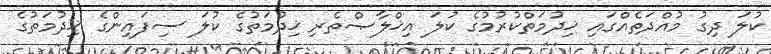
ކުލަ ދިގު މުއްދަތެއްގައި ޚިދުމަތްކުރުމުގެ ކުލަ އިޚްލާޞްތެރި ޚިދުމަތުގެ ކުލަ ސިފައިންގެ ޚިދުމަތުގެ